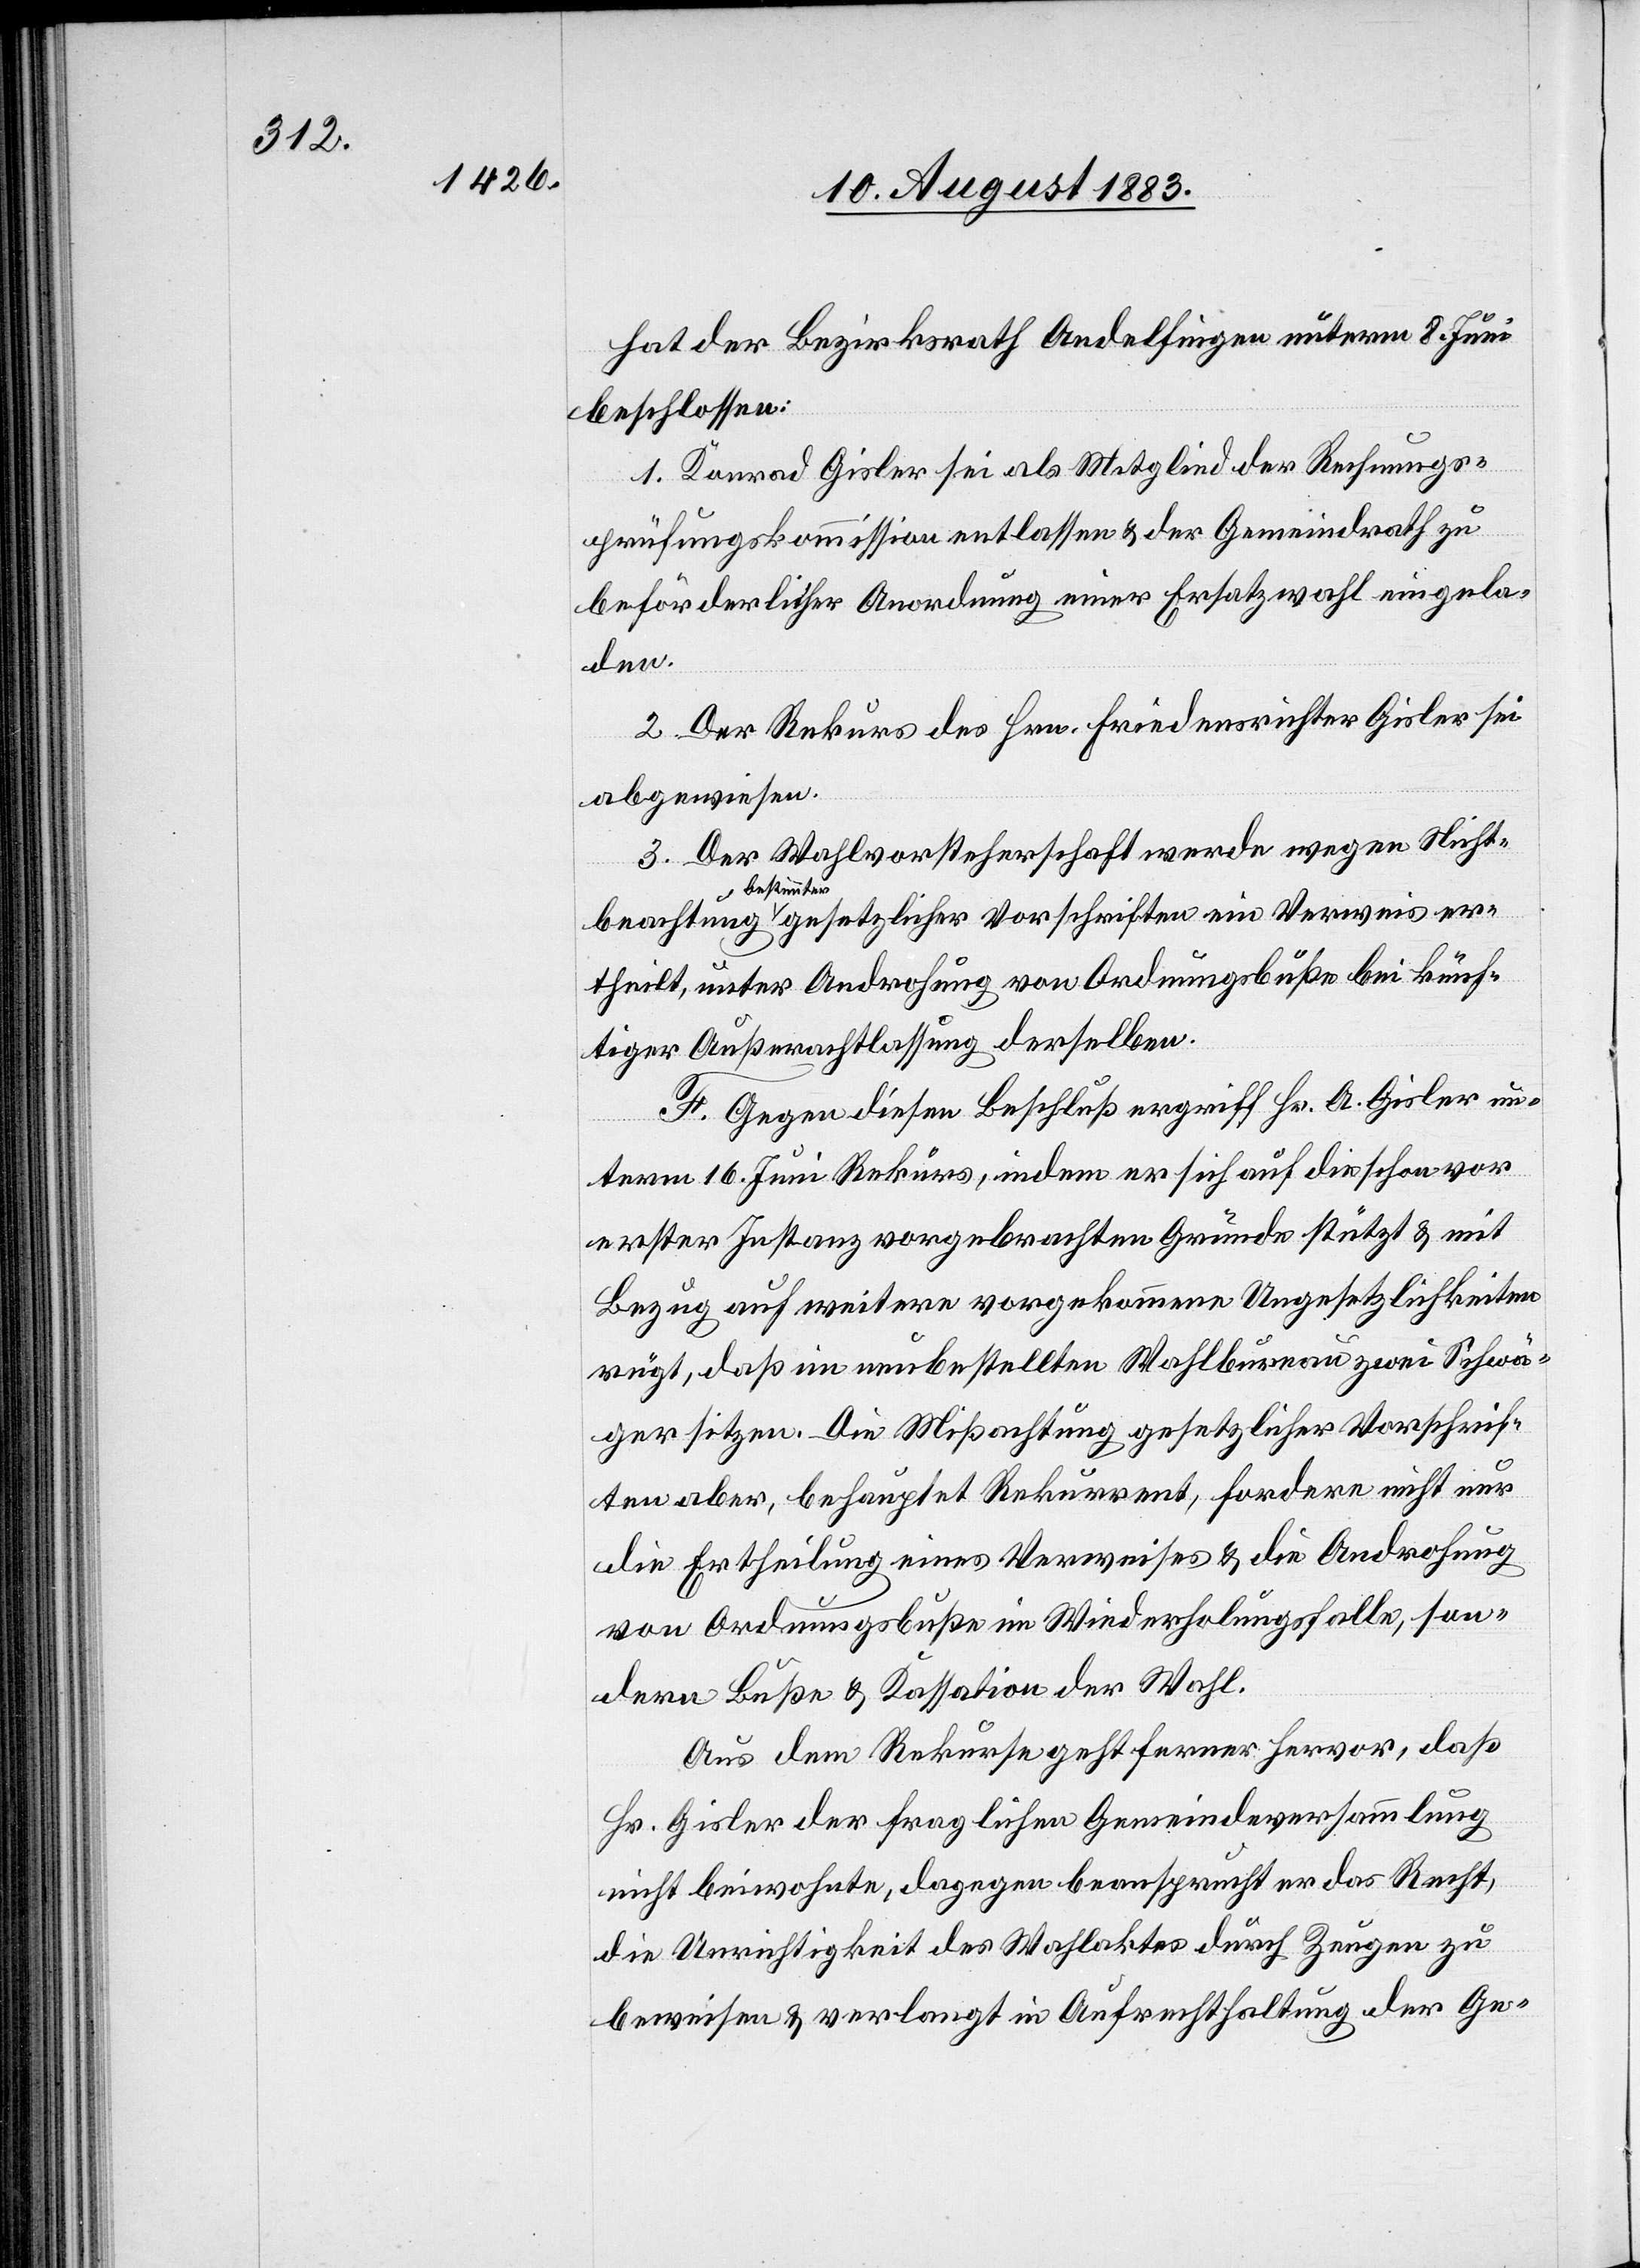
hat der Bezirksrath Andelfingen unterm 8. Juni
beschlossen:
1. Konrad Gisler sei als Mitglied der Rechnungs¬
prüfungskommission entlassen & der Gemeindrath zu
beförderlicher Anordnung einer Ersatzwahl eingela¬
den.
2. Der Rekurs von Hrn. Friedensrichter Gisler sei
abgewiesen.
3. Der Wahlvorsteherschaft werde wegen Nicht¬
bestimmter
ertheilt, unter Androhung von Ordnungsbuße bei künf¬
tiger Außerachtlassung derselben.
F. Gegen diesen Beschluß ergriff Hr. A. Gisler un¬
term 16. Juni Rekurs, indem er sich auf die schon vor
erster Instanz vorgebrachten Gründe stützt & mit
Bezug auf weitere vorgekommene Ungesetzlichkeiten
rügt, daß im nun bestellten Wahlbureau zwei Schwä¬
ger sitzen. Die Mißachtung gesetzlicher Vorschrif¬
ten aber, behauptet Rekurrent, fordere nicht nur
die Ertheilung eines Verweises & die Androhung
von Ordnungsbuße im Wiederholungsfalle, son¬
dern Buße & Kassation der Wahl.
Aus dem Rekurse geht ferner hervor, daß
Hr. Gisler der fraglichen Gemeindeversammlung
nicht beiwohnte, dagegen beansprucht er das Recht,
die Unrichtigkeit des Wahlaktes durch Zeugen zu
beweisen & verlangt in Aufrechterhaltung der Ge-